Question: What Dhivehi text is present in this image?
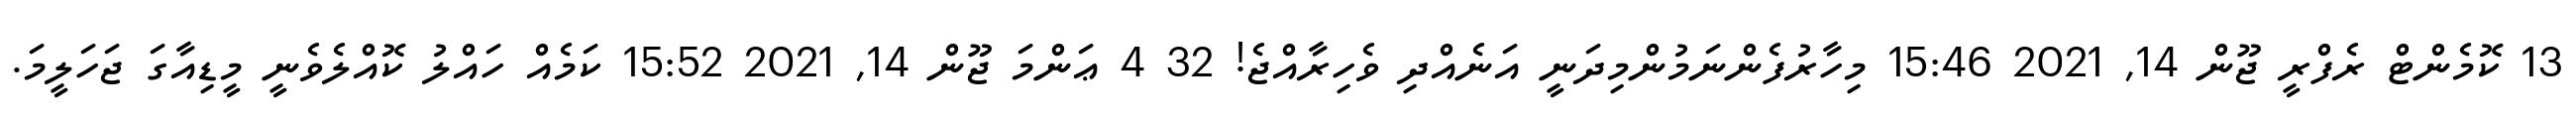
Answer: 13 ކޮމެންޓް ރެފްރީ ޖޫން 14, 2021 15:46 މިހާރުފެންނަމުންމިދަނީ އަނެއްދި ވެހިރާއްޖެ! 32 4 ޢަންމަ ޖޫން 14, 2021 15:52 ކަމެއް ހައްލު ކޮއްލެވެނީ މީޑިއާގަ ޖަހަލީމަ.